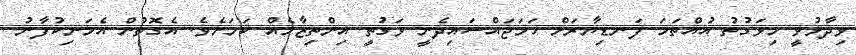
ވިދާޅުވީ މިވަގުތު އުއްތަމަ ފަނޑިޔާރަށް ހަމަޖައްސައިދެނީ ވަގުތީ އިންތިޒާމެއް ކަމަށެވެ. އެގޮތުން އެމަނިކުފާނު